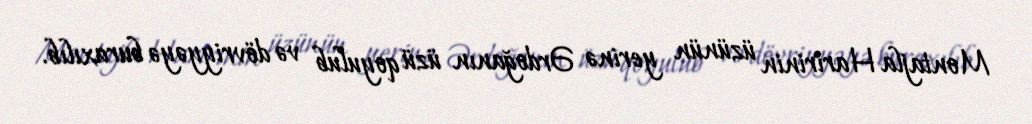
Montajla Haririnin üzünün yerinə Ərdoğanın üzü qoyulub və dövriyyəyə buraxılıb.